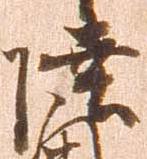
陸